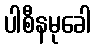
ပါစီနမုခေါ